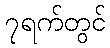
၇ရက်တွင်